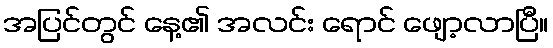
အပြင်တွင် နေ့၏ အလင်း ရောင် ဖျော့လာပြီ။